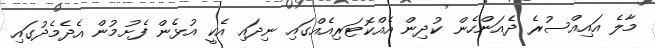
މާލެ އައިއްސުރެ ދެއަންހެން ކުދިން އެއްކޮޓަރިއެއްގައި ނިދައި އެކީ އުޅެން ފެށުމުން އެދެމެދުގައި